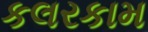
કલરકામ